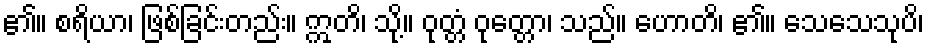
၏။ စရိယာ၊ ဖြစ်ခြင်းတည်း။ ဣတိ၊ သို့။ ဝုတ္တံ ဝုတ္တော၊ သည်။ ဟောတိ၊ ၏။ သေသေသုပိ၊